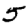
Digit: 5